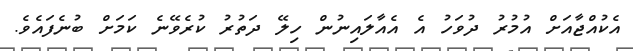
އެކުއްޖާއަށް އުމުރު ދުވަހު އެ އެއާލައިނުން ހިލޭ ދަތުރު ކުރެވޭނެ ކަމަށް ބުނެފައެވެ.